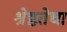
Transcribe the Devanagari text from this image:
श्रेष्ठतेचा